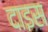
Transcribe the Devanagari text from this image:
दाइस